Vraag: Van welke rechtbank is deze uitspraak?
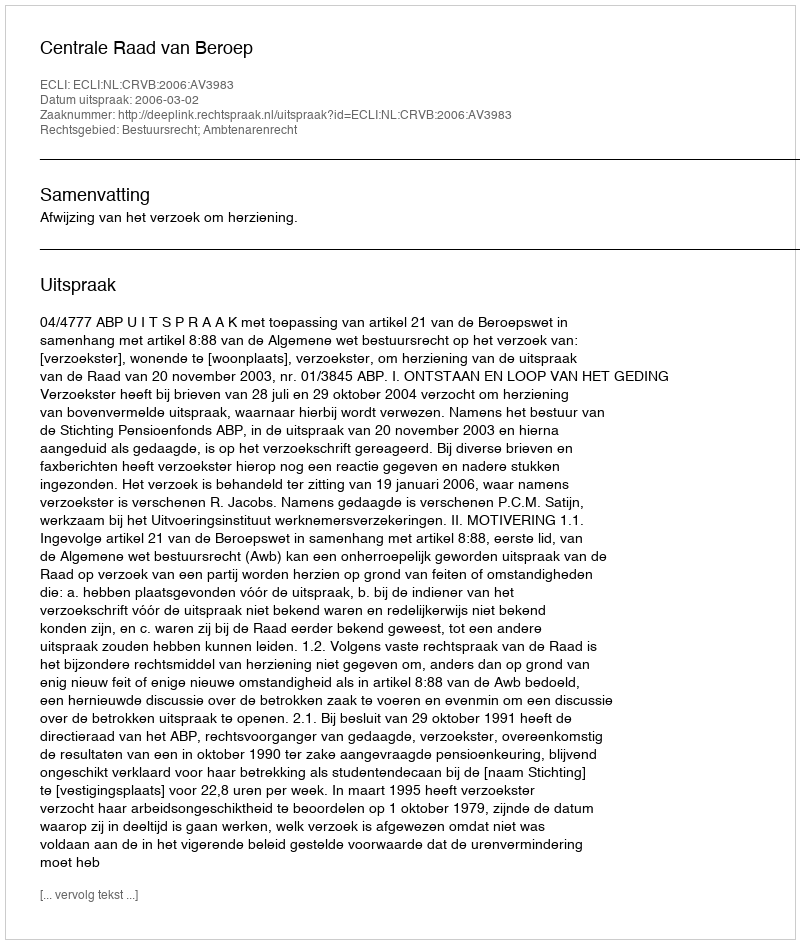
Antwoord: Centrale Raad van Beroep